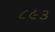
૮૯૩